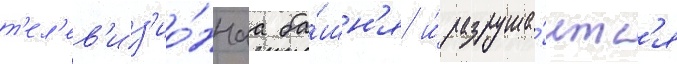
т'ел'ев'из'ио́ннаа ба́шн'я и́ разруша́етс'я